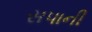
સપાની